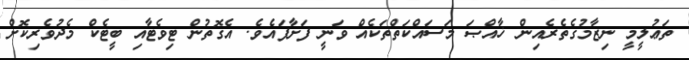
ތަޢުލީމީ ނިޒާމުގެތެރެއިން ޚާއްޞަ މަސައްކަތްތަކެއް ވަނީ ފަށާފައެވެ. އެގޮތުން ޓިވެޓާއި ބީޓެކް މެދުވެރިކޮށް